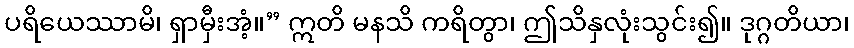
ပရိယေဿာမိ၊ ရှာမှီးအံ့။” ဣတိ မနသိ ကရိတွာ၊ ဤသိနှလုံးသွင်း၍။ ဒုဂ္ဂတိယာ၊